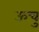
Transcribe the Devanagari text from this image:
ऊचु